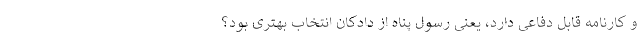
و کارنامه قابل دفاعی دارد، یعنی رسول پناه از دادکان انتخاب بهتری بود؟